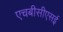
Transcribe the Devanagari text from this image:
एचबीसीएसई